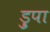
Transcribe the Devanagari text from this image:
ड्रुपा